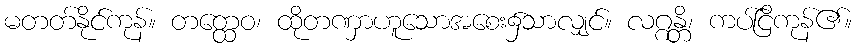
မတတ်နိုင်ကုန်။ တတ္ထေဝ၊ ထိုတဏှာဟူသောအစေး၌သာလျှင်။ လဂ္ဂန္တိ၊ ကပ်ငြိကုန်၏။